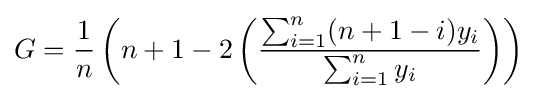
G={\frac {1}{n}}\left(n+1-2\left({\frac {\sum _{i=1}^{n}(n+1-i)y_{i}}{\sum _{i=1}^{n}y_{i}}}\right)\right)